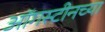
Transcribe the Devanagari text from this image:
ऑगस्टीनच्या